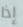
إذا